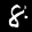
Digit: 8